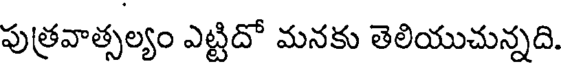
పుత్రవాత్సల్యం ఎట్టిదో మనకు తెలియుచున్నది.